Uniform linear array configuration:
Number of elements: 24
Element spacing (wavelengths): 1
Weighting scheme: cosine
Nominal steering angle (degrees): -15
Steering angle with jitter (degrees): -15.182
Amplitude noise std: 0.05
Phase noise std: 0.05

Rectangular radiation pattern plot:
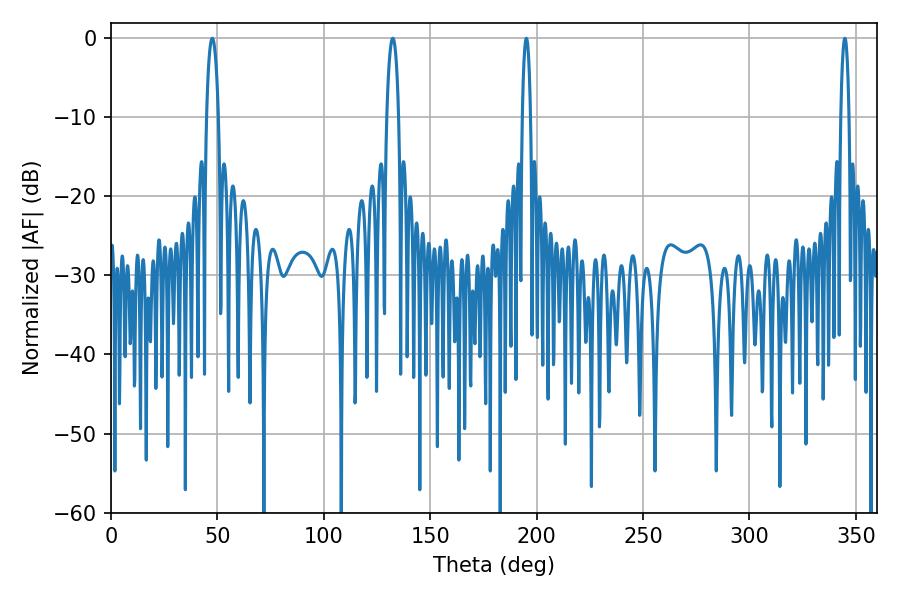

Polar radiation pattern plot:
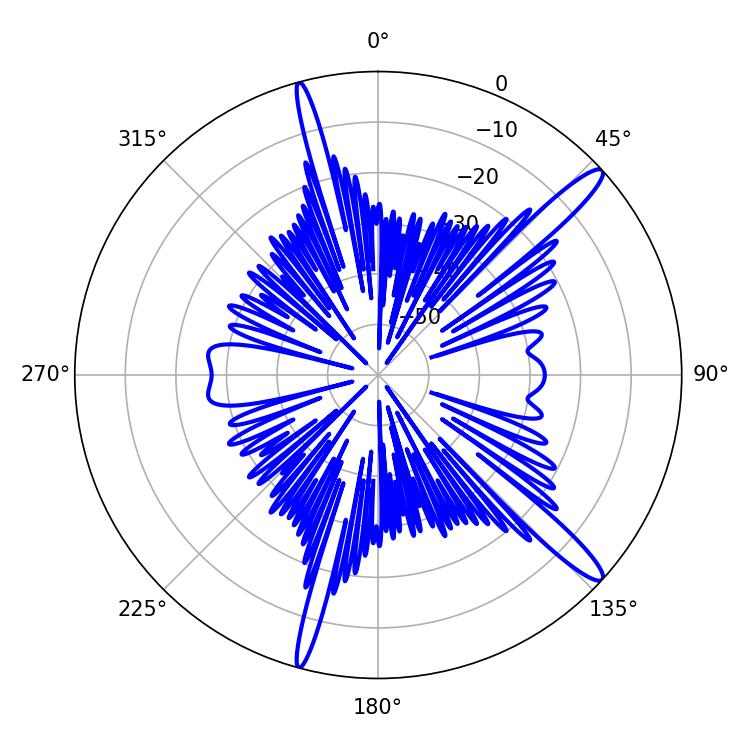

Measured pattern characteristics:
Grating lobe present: TRUE
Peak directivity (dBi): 14.635
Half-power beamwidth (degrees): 3.06
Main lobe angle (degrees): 47.52